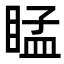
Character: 䁅